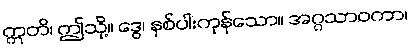
ဣတိ၊ ဤသို့။ ဒွေ၊ နှစ်ပါးကုန်သော။ အဂ္ဂသာဝကာ၊